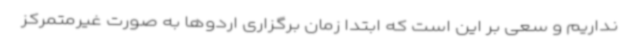
نداریم و سعی بر این است که ابتدا زمان برگزاری اردوها به صورت غیرمتمرکز